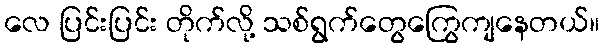
လေ ပြင်းပြင်း တိုက်လို့ သစ်ရွက်တွေကြွေကျနေတယ်။